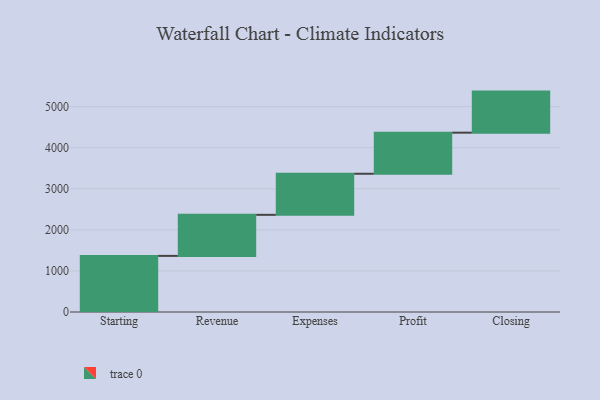
{"axis": {"x": "Step", "y": "Value"}, "legend": [""], "data": [{"x": "Starting", "y": 1366.0, "type": ""}, {"x": "Revenue", "y": 1000, "type": ""}, {"x": "Expenses", "y": 1000, "type": ""}, {"x": "Profit", "y": 1000, "type": ""}, {"x": "Closing", "y": 1000, "type": ""}]}